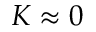
K \approx 0